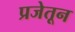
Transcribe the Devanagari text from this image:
प्रजेतून